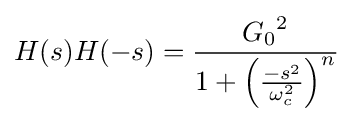
H(s)H(-s)={\frac {{G_{0}}^{2}}{1+\left({\frac {-s^{2}}{\omega _{c}^{2}}}\right)^{n}}}